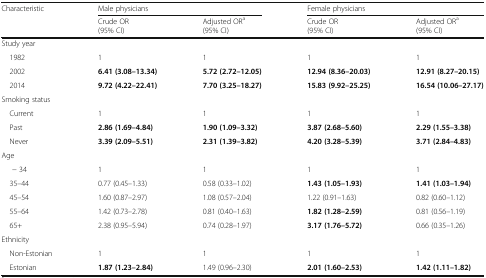
<table><thead><tr><td rowspan="2"><b>Characteristic</b></td><td colspan="2"><b>Male physicians</b></td><td colspan="2"><b>Female physicians</b></td></tr><tr><td><b>Crude OR(95% CI)</b></td><td><b>Adjusted OR<sup>a</sup>(95% CI)</b></td><td><b>Crude OR(95% CI)</b></td><td><b>Adjusted OR<sup>a</sup>(95% CI)</b></td></tr></thead><tbody><tr><td colspan="5">Study year</td></tr><tr><td> 1982</td><td>1</td><td>1</td><td>1</td><td>1</td></tr><tr><td> 2002</td><td><b>6.41 (3.08–13.34)</b></td><td><b>5.72 (2.72–12.05)</b></td><td><b>12.94 (8.36–20.03)</b></td><td><b>12.91 (8.27–20.15)</b></td></tr><tr><td> 2014</td><td><b>9.72 (4.22–22.41)</b></td><td><b>7.70 (3.25–18.27)</b></td><td><b>15.83 (9.92–25.25)</b></td><td><b>16.54 (10.06–27.17)</b></td></tr><tr><td colspan="5">Smoking status</td></tr><tr><td> Current</td><td>1</td><td>1</td><td>1</td><td>1</td></tr><tr><td> Past</td><td><b>2.86 (1.69–4.84)</b></td><td><b>1.90 (1.09–3.32)</b></td><td><b>3.87 (2.68–5.60)</b></td><td><b>2.29 (1.55–3.38)</b></td></tr><tr><td> Never</td><td><b>3.39 (2.09–5.51)</b></td><td><b>2.31 (1.39–3.82)</b></td><td><b>4.20 (3.28–5.39)</b></td><td><b>3.71 (2.84–4.83)</b></td></tr><tr><td colspan="5">Age</td></tr><tr><td>− 34</td><td>1</td><td>1</td><td>1</td><td>1</td></tr><tr><td> 35–44</td><td>0.77 (0.45–1.33)</td><td>0.58 (0.33–1.02)</td><td><b>1.43 (1.05–1.93)</b></td><td><b>1.41 (1.03–1.94)</b></td></tr><tr><td> 45–54</td><td>1.60 (0.87–2.97)</td><td>1.08 (0.57–2.04)</td><td>1.22 (0.91–1.63)</td><td>0.82 (0.60–1.12)</td></tr><tr><td> 55–64</td><td>1.42 (0.73–2.78)</td><td>0.81 (0.40–1.63)</td><td><b>1.82 (1.28–2.59)</b></td><td>0.81 (0.56–1.19)</td></tr><tr><td> 65+</td><td>2.38 (0.95–5.94)</td><td>0.74 (0.28–1.97)</td><td><b>3.17 (1.76–5.72)</b></td><td>0.66 (0.35–1.26)</td></tr><tr><td colspan="5">Ethnicity</td></tr><tr><td> Non-Estonian</td><td>1</td><td>1</td><td>1</td><td>1</td></tr><tr><td> Estonian</td><td><b>1.87 (1.23–2.84)</b></td><td>1.49 (0.96–2.30)</td><td><b>2.01 (1.60–2.53)</b></td><td><b>1.42 (1.11–1.82)</b></td></tr></tbody></table>